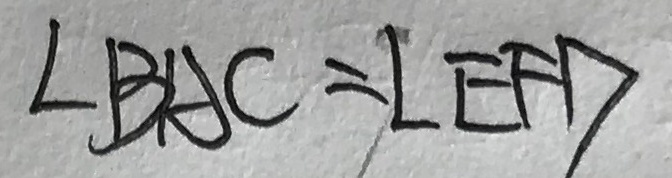
\angle B A C = \angle E F D